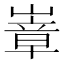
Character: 𭗍